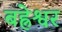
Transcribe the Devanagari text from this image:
बह्नेश्वर